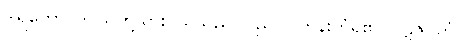
ဒါရကော၊ ဤသတို့သားငယ်သည်။ ပုညဝါ၊ ဘုန်းကံရှိ၏။ ပဋိဇဂ္ဂိတုံ၊